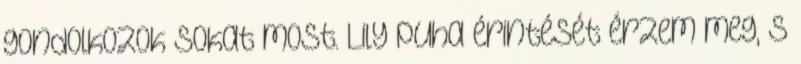
gondolkozok sokat most. Lily puha érintését érzem meg, s